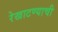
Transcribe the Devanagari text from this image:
रेखाटण्याची